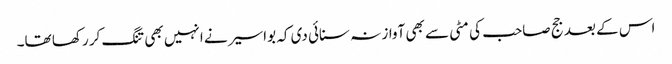
اس کے بعد جج صاحب کی مٹی سے بھی آواز نہ سنائی دی کہ بواسیر نے انہیں بھی تنگ کر رکھا تھا۔